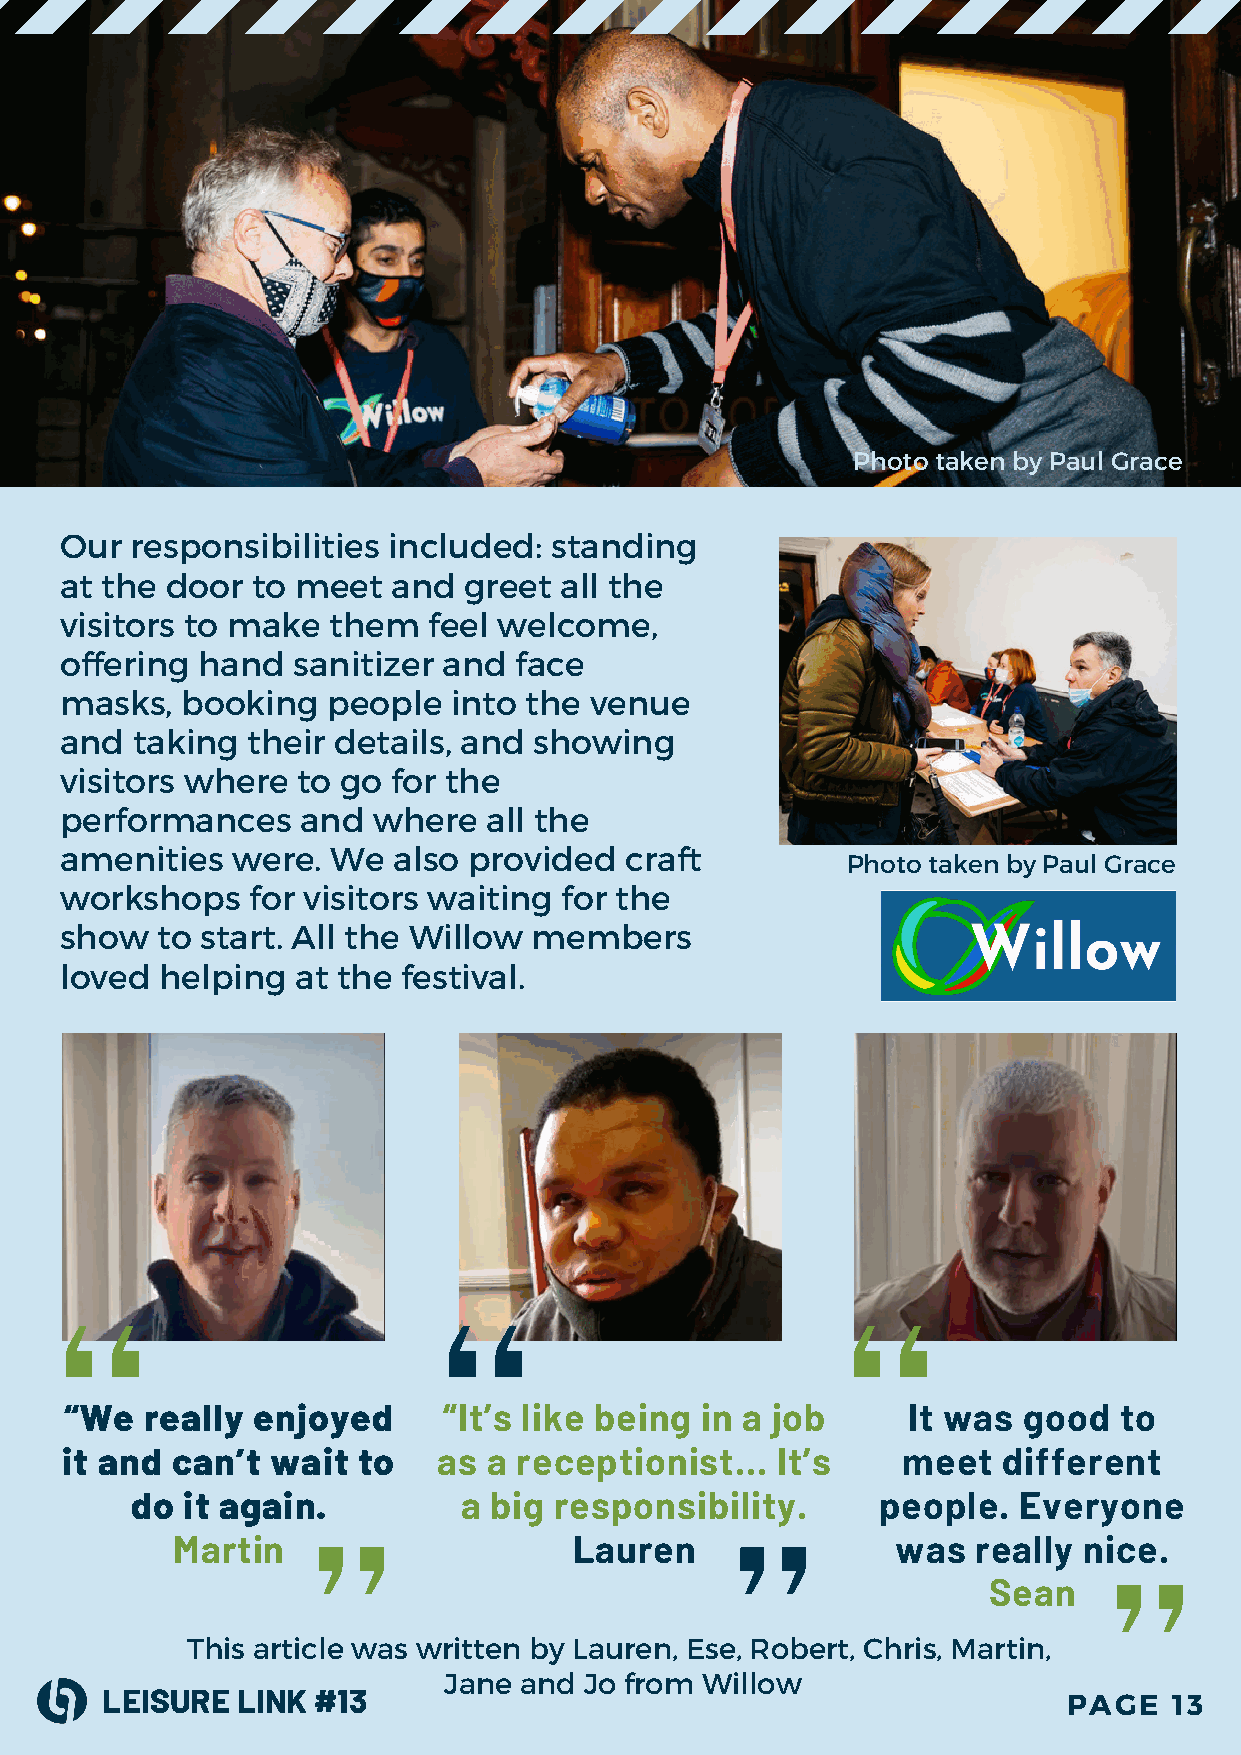
Photo taken by Paul Grace
 Our  responsibilities included: standing
 at the door  to meet  and  greet all the
 visitors to make  them  feel welcome,
 offering hand  sanitizer and  face
 masks,  booking   people  into the venue
 and  taking their details, and showing
 visitors where  to go for the
 performances    and  where  all the
 amenities  were.  We  also provided  craft
 Photo taken by Paul Grace
 workshops   for visitors waiting for the
 show  to start. All the Willow members
 loved  helping  at the festival.
 “We   really enjoyed     “It’s like being in a job      It was  good  to
 it and can’t  wait  to   as a receptionist...  It’s     meet  different
 do it again.         a big  responsibility.      people.  Everyone
 Martin                     Lauren               was   really nice.
 Sean
 This article was written by Lauren, Ese, Robert, Chris, Martin,
 Jane and  Jo from Willow
 LEISURE  LINK #13                                               PAGE   13